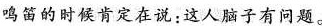
鸣笛的时候肯定在说:这人脑子有问题。